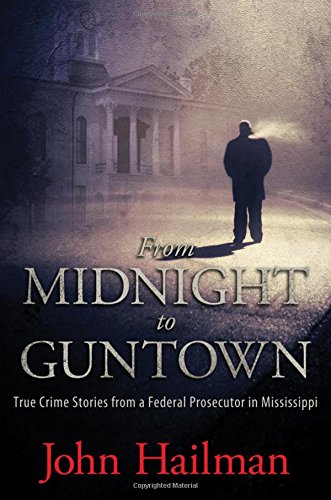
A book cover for From Midnight to Guntown: True Crime Stories from a Federal Prosecutor in Mississippi; John Hailman; Law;